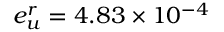
e _ { u } ^ { r } = 4 . 8 3 \times 1 0 ^ { - 4 }